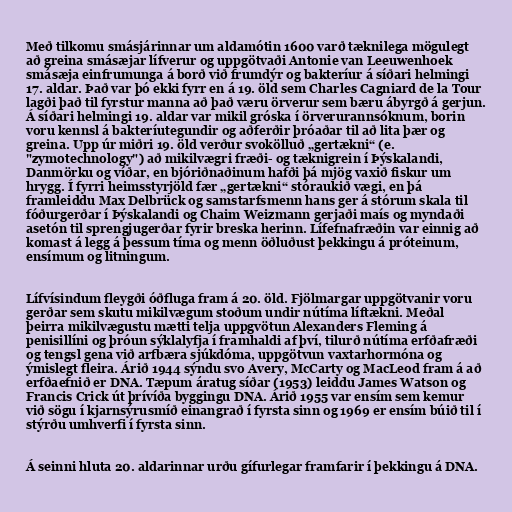
Með tilkomu smásjárinnar um aldamótin 1600 varð tæknilega mögulegt
að greina smásæjar lífverur og uppgötvaði Antonie van Leeuwenhoek
smásæja einfrumunga á borð við frumdýr og bakteríur á síðari helmingi
17. aldar. Það var þó ekki fyrr en á 19. öld sem Charles Cagniard de la Tour
lagði það til fyrstur manna að það væru örverur sem bæru ábyrgð á gerjun.
Á síðari helmingi 19. aldar var mikil gróska í örverurannsóknum, borin
voru kennsl á bakteríutegundir og aðferðir þróaðar til að lita þær og
greina. Upp úr miðri 19. öld verður svokölluð „gertækni“ (e.
"zymotechnology") að mikilvægri fræði- og tæknigrein í Þýskalandi,
Danmörku og víðar, en bjóriðnaðinum hafði þá mjög vaxið fiskur um
hrygg. Í fyrri heimsstyrjöld fær „gertækni“ stóraukið vægi, en þá
framleiddu Max Delbrück og samstarfsmenn hans ger á stórum skala til
fóðurgerðar í Þýskalandi og Chaim Weizmann gerjaði maís og myndaði
asetón til sprengjugerðar fyrir breska herinn. Lífefnafræðin var einnig að
komast á legg á þessum tíma og menn öðluðust þekkingu á próteinum,
ensímum og litningum.

Lífvísindum fleygði óðfluga fram á 20. öld. Fjölmargar uppgötvanir voru
gerðar sem skutu mikilvægum stoðum undir nútíma líftækni. Meðal
þeirra mikilvægustu mætti telja uppgvötun Alexanders Fleming á
penisillíni og þróun sýklalyfja í framhaldi af því, tilurð nútíma erfðafræði
og tengsl gena við arfbæra sjúkdóma, uppgötvun vaxtarhormóna og
ýmislegt fleira. Árið 1944 sýndu svo Avery, McCarty og MacLeod fram á að
erfðaefnið er DNA. Tæpum áratug síðar (1953) leiddu James Watson og
Francis Crick út þrívíða byggingu DNA. Árið 1955 var ensím sem kemur
við sögu í kjarnsýrusmíð einangrað í fyrsta sinn og 1969 er ensím búið til í
stýrðu umhverfi í fyrsta sinn.

Á seinni hluta 20. aldarinnar urðu gífurlegar framfarir í þekkingu á DNA.